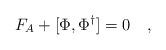
LaTeX: \begin{align*}F_A + [\Phi , \Phi^\dagger] = 0 \quad,\end{align*}